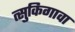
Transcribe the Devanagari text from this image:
त्सुकिगावा